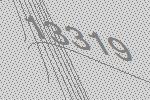
13319